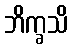
ဘိက္ခသိ